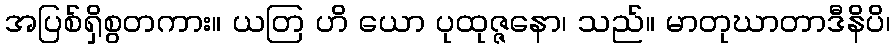
အပြစ်ရှိစွတကား။ ယတြ ဟိ ယော ပုထုဇ္ဇနော၊ သည်။ မာတုဃာတာဒီနိပိ၊